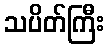
သပိတ်ကြီး